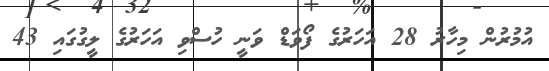
އުމުރުން މިހާރު 28 އަހަރުގެ ފޯވަޑް ވަނީ ހުސްވި އަހަރުގެ ލީގުގައި 43